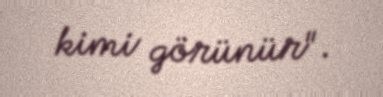
kimi görünür".